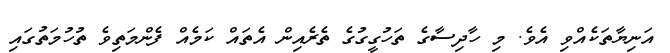
އަނިޔާތަކެއްވި އެވެ. މި ހާދިސާގެ ތަހުގީގުގެ ތެރެއިން އެތައް ކަމެއް ފެންމަތިވެ ތުހުމަތުގައި